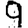
Digit: 9